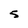
Character: 5